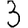
Digit: 3